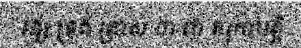
វង្ស ទ្រង់ ត្រាស់ ថា ជា គរុកាបត្តិ